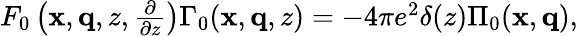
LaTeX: \begin{array}{r}{F_{0}\left(\mathbf{x},\mathbf{q},z,\frac{\partial}{\partial z}\right)\Gamma_{0}(\mathbf{x},\mathbf{q},z)=-4\pi e^{2}\delta(z)\Pi_{0}(\mathbf{x},\mathbf{q}),}\end{array}